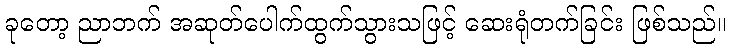
ခုတော့ ညာဘက် အဆုတ်ပေါက်ထွက်သွားသဖြင့် ဆေးရုံတက်ခြင်း ဖြစ်သည်။